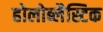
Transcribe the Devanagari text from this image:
होलोब्लैस्टिक